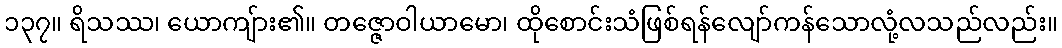
၁၃၇။ ရိသဿ၊ ယောကျ်ား၏။ တဇ္ဇောဝါယာမော၊ ထိုစောင်းသံဖြစ်ရန်လျော်ကန်သောလုံ့လသည်လည်း။